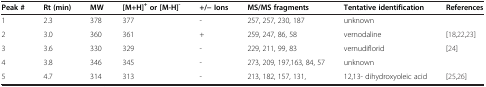
| Peak # | Rt (min) | MW | [M+H]+ or [M-H]- | +/- Ions | MS/MS fragments | Tentative identification | References |
 | --- | --- | --- | --- | --- | --- | --- | --- |
 | 1 | 2.3 | 378 | 377 | - | 257, 257, 230, 187 | unknown |  |
 | 2 | 3.0 | 360 | 361 | + | 259, 247, 86, 58 | vernodaline | [18,22,23] |
 | 3 | 3.6 | 330 | 329 | - | 229, 211, 99, 83 | vernudiflorid | [24] |
 | 4 | 3.8 | 346 | 345 | - | 273, 209, 197,163, 84, 57 | unknown |  |
 | 5 | 4.7 | 314 | 313 | - | 213, 182, 157, 131, | 12,13- dihydroxyoleic acid | [25,26] |